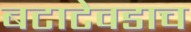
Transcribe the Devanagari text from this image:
बटाटेवडाच